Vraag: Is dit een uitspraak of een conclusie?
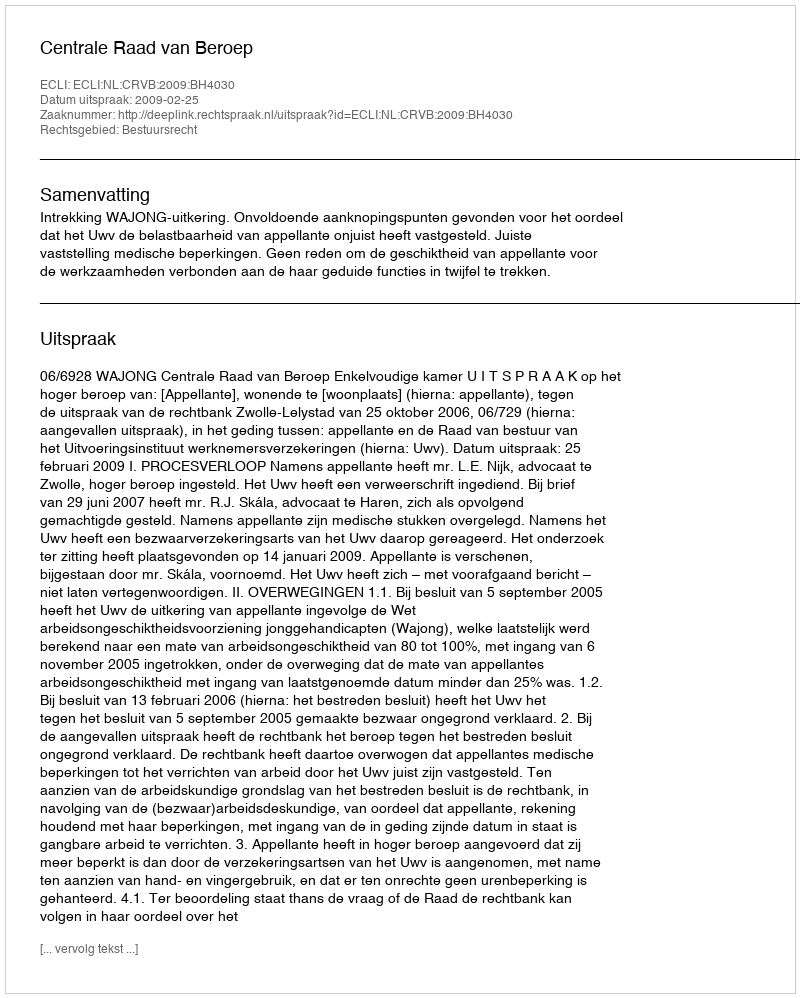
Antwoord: Uitspraak